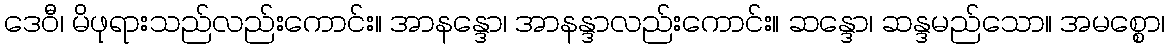
ဒေဝီ၊ မိဖုရားသည်လည်းကောင်း။ အာနန္ဒော၊ အာနန္ဒာလည်းကောင်း။ ဆန္ဒော၊ ဆန္ဒမည်သော။ အမစ္စော၊